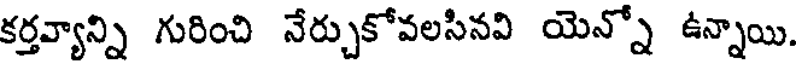
కర్తవ్యాన్ని గురించి నేర్చుకోవలసినవి యెన్నో ఉన్నాయి.